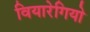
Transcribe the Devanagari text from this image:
वियारेगियो